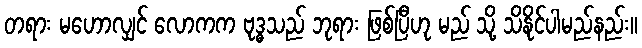
တရား မဟောလျှင် လောကက ဗုဒ္ဓသည် ဘုရား ဖြစ်ပြီဟု မည် သို့ သိနိုင်ပါမည်နည်း။